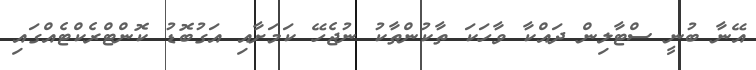
އޭނާ ބުނީ ސްޓާލިން ދައްކާ ވާހަކަ ތާކުންތާކު ނުޖެހޭ ކަމަށާއި އަގުބޮޑު ކޮންޓްރެކްޓެއްގައި